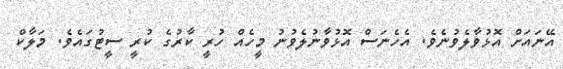
އޭނައަށް އޮޅުވާލެވުނެވެ. އެހެނަސް އޮޅުވާނުލެވުނު މީހެއް ހުރީ ކާރުގެ ކުރީ ސީޓުގައެވެ. މަލާކް